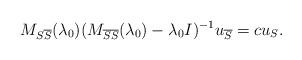
LaTeX: \begin{align*}M_{S\overline S}(\lambda_0)(M_{\overline S\overline S}(\lambda_0)-\lambda_0 I)^{-1}u_{\overline S}=cu_S.\end{align*}